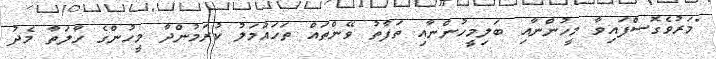
"މަރުވެގޮސްފައިވާ މީހުންނާއި ބަލިމީހުންނާއި ތަފާތު ވޭންތައް ތަހައްމަލު ކުރަމުންދާ މީހުންގެ ހާލަތާ މެދު